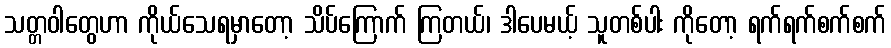
သတ္တဝါတွေဟာ ကိုယ်သေရမှာတော့ သိပ်ကြောက် ကြတယ်၊ ဒါပေမယ့် သူတစ်ပါး ကိုတော့ ရက်ရက်စက်စက်